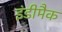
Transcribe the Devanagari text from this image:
इंडीमैक